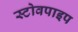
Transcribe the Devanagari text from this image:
स्टोवपाइप